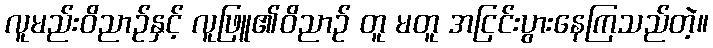
လူမည်းဝိညာဉ်နှင့် လူဖြူ၏ဝိညာဉ် တူ မတူ အငြင်းပွားနေကြသည်တဲ့။